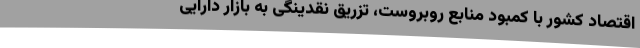
اقتصاد کشور با کمبود منابع روبروست، تزریق نقدینگی به بازار دارایی